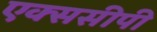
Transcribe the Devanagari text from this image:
एक्ससीपी